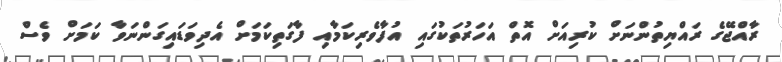
ރާއްޖޭގެ ރައްޔިތުންނަށް ކުރިއަށް އޮތް އަހަރުތަކުގައި އުފާވެރިކަމާއި ފާގަތިކަމަށް އެދިވަޑައިގަންނަވާ ކަމަށް ވެސް